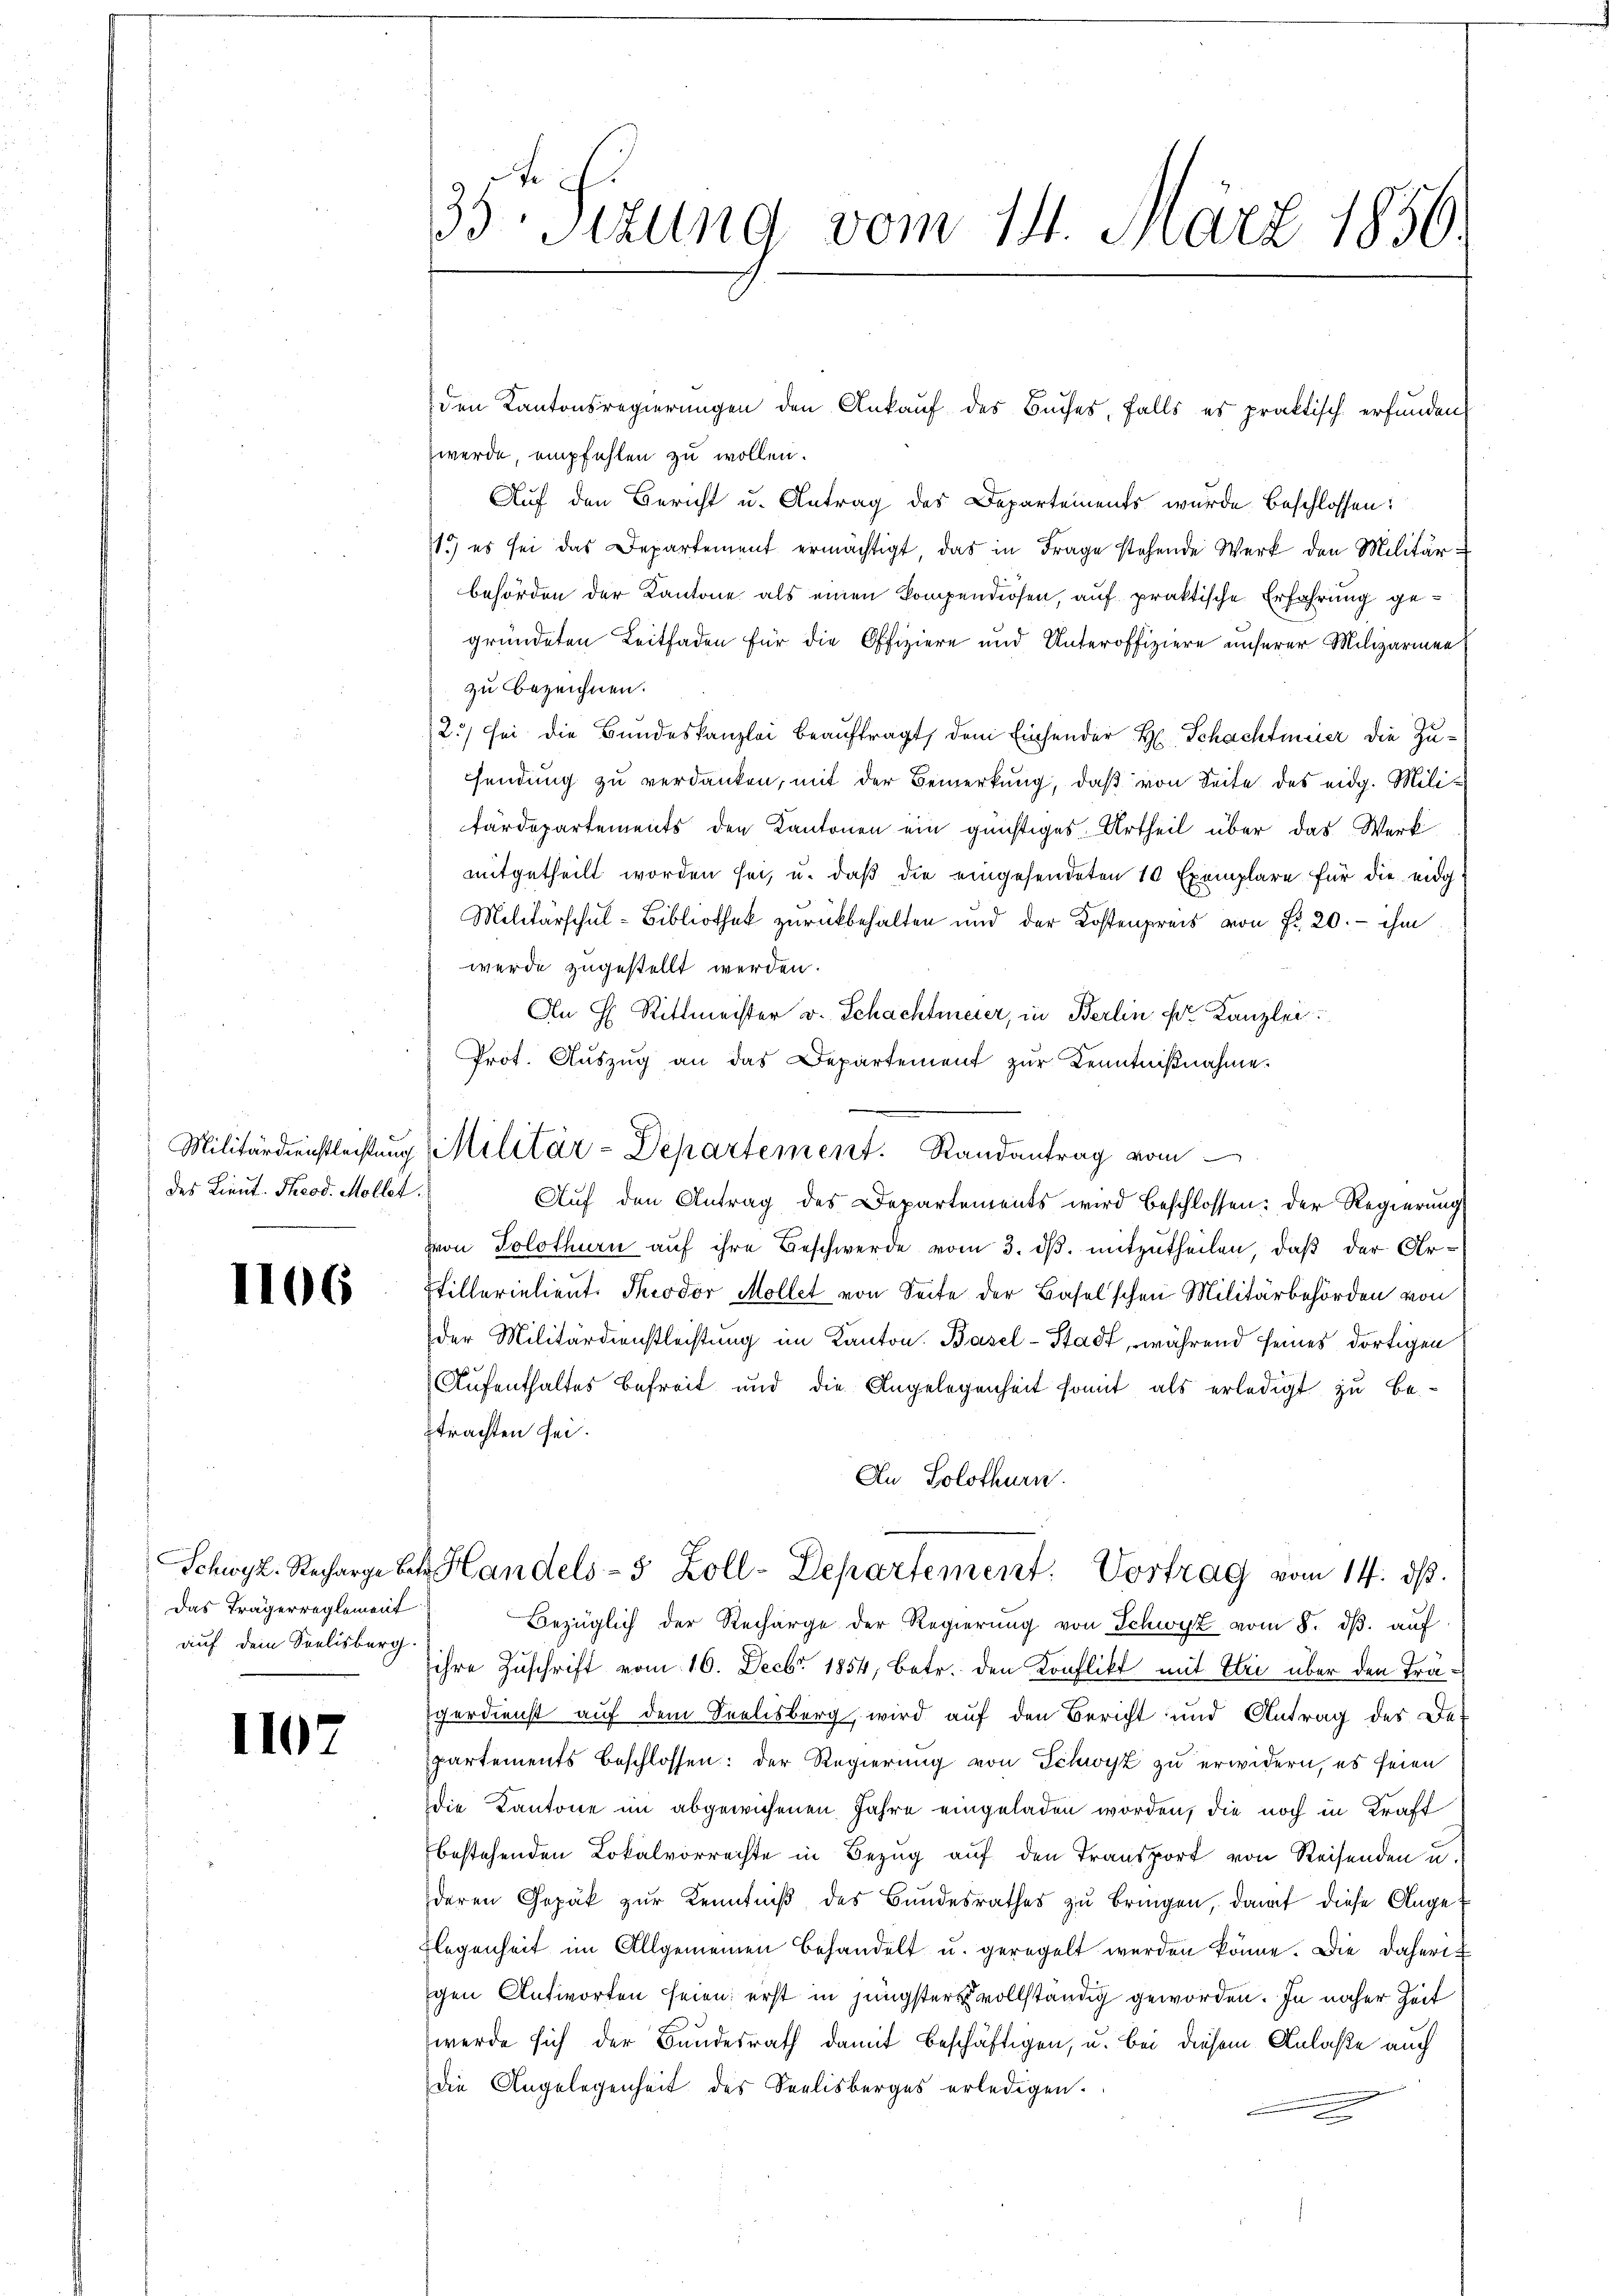
des Lieut. Theod. Möllet.

1106

Das Trägerreglement
auf dem Seelisberg.

1107

35 Sizung vom 14. März 1850.

werde, empfehlen zu wollen.
Auf den Bericht u. Antrag des Departements wurde beschlossen:
1. es sei das Departement ermächtigt, das in Frage stehende Werk den Militär-
behörden der Kantone als einen kompendiosen, auf praktische Erfahrung gegründeten Leitfaden für die Offiziere und Unteroffiziere unserer Milizärinen
zu bezeichnen.
2) sei die Bundeskanzlei beauftragt, dem Einsender H. Schachtmeier die Zusendung zu verdanken, mit der Bemerkung, daß von Seite des eidg. Militärdepartements den Kantonen ein günstiges Urtheil über das Werk
mitgetheilt worden sei, u. daß die eingesendeten 10 Exemplare für die eidg¬
Militärschul-Bibliothek zurückbehalten und der Kostenpreis von Fr. 20.- ihm
werde zugestellt werden.
An H. Rittmeister v. Schachtmeier, in Berlin pr. Kanzlei.
Prot. Aŭszŭg an das Departement zŭr Kenntniβnahme.
Auf den Antrag des Departements wird beschlossen: der Regierung
Hon Solothurn auf ihre Beschwerde vom 3. ds. mitzutheilen, daß der Ar¬
Stillerielieut. Theodor Möllet von Seite der Baselschen Militärbehörden von
der Militärdienstleistung im Kanton. Basel-Stadt, während seines dortigen
Aufenthaltes Befreit und die Angelegenheit somit als erledigt zu be-
trachten sei.
An Solothurn.
Schwyz. Recharge betr. Handels- 5 Zoll-Departement. Vortrag vom 14. ds.
Bezüglich der Recharge der Regierung von Schwyz vom 8. ds. auf
sihre Zuschrift vom 16. Decbr. 1854, betr. den Konflikt mit Elii über den Trä¬
Egerdienst auf dem Seelisberg, wird auf den Bericht und Antrag des Def
partements beschlossen: der Regierung von Schwyz zu erwidern, es feien
die Kantone im abgewichenen Jahre eingeladen worden, die noch in Kraft
bestehenden Lokalvorrechte in Bezug auf den Transport von Reisenden u.
deren Gepäck zur Kenntniß des Bundesrathes zu bringen, damit diese Ange¬
Flegenheit im Allgemeinen behandelt u. geregelt werden könne. Die daherigen Antworten seien; erst in jüngsters vollständig geworden. In naher Zeit
werde sich der Bundesrath damit beschäftigen, u. bei diesem Anlaße auch
die Angelegenheit des Seelisberges erledigen.

Militärdienstleistŭng Militär-Departement. Randantrag vom

den Kantonsregierungen den Ankauf des Buches, falls es praktisch erfunden